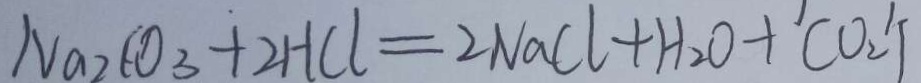
N a _ { 2 } C O _ { 3 } + 2 H C l = 2 N a C l + H _ { 2 } O + C O _ { 2 } \uparrow